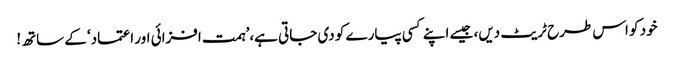
خود کو اس طرح ٹریٹ دیں، جیسے اپنے کسی پیارے کو دی جاتی ہے،’ہمت افزائی اور اعتماد‘ کے ساتھ!